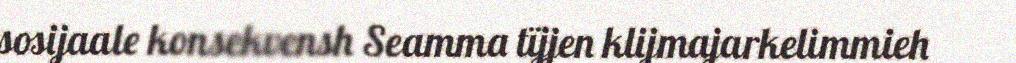
sosijaale konsekvensh Seamma tïjjen klijmajarkelimmieh